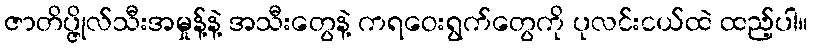
ဇာတိပ္ဇိုလ်သီးအမှုန့်နဲ့ အသီးတွေနဲ့ ကရဝေးရွက်တွေကို ပုလင်းငယ်ထဲ ထည့်ပါ။